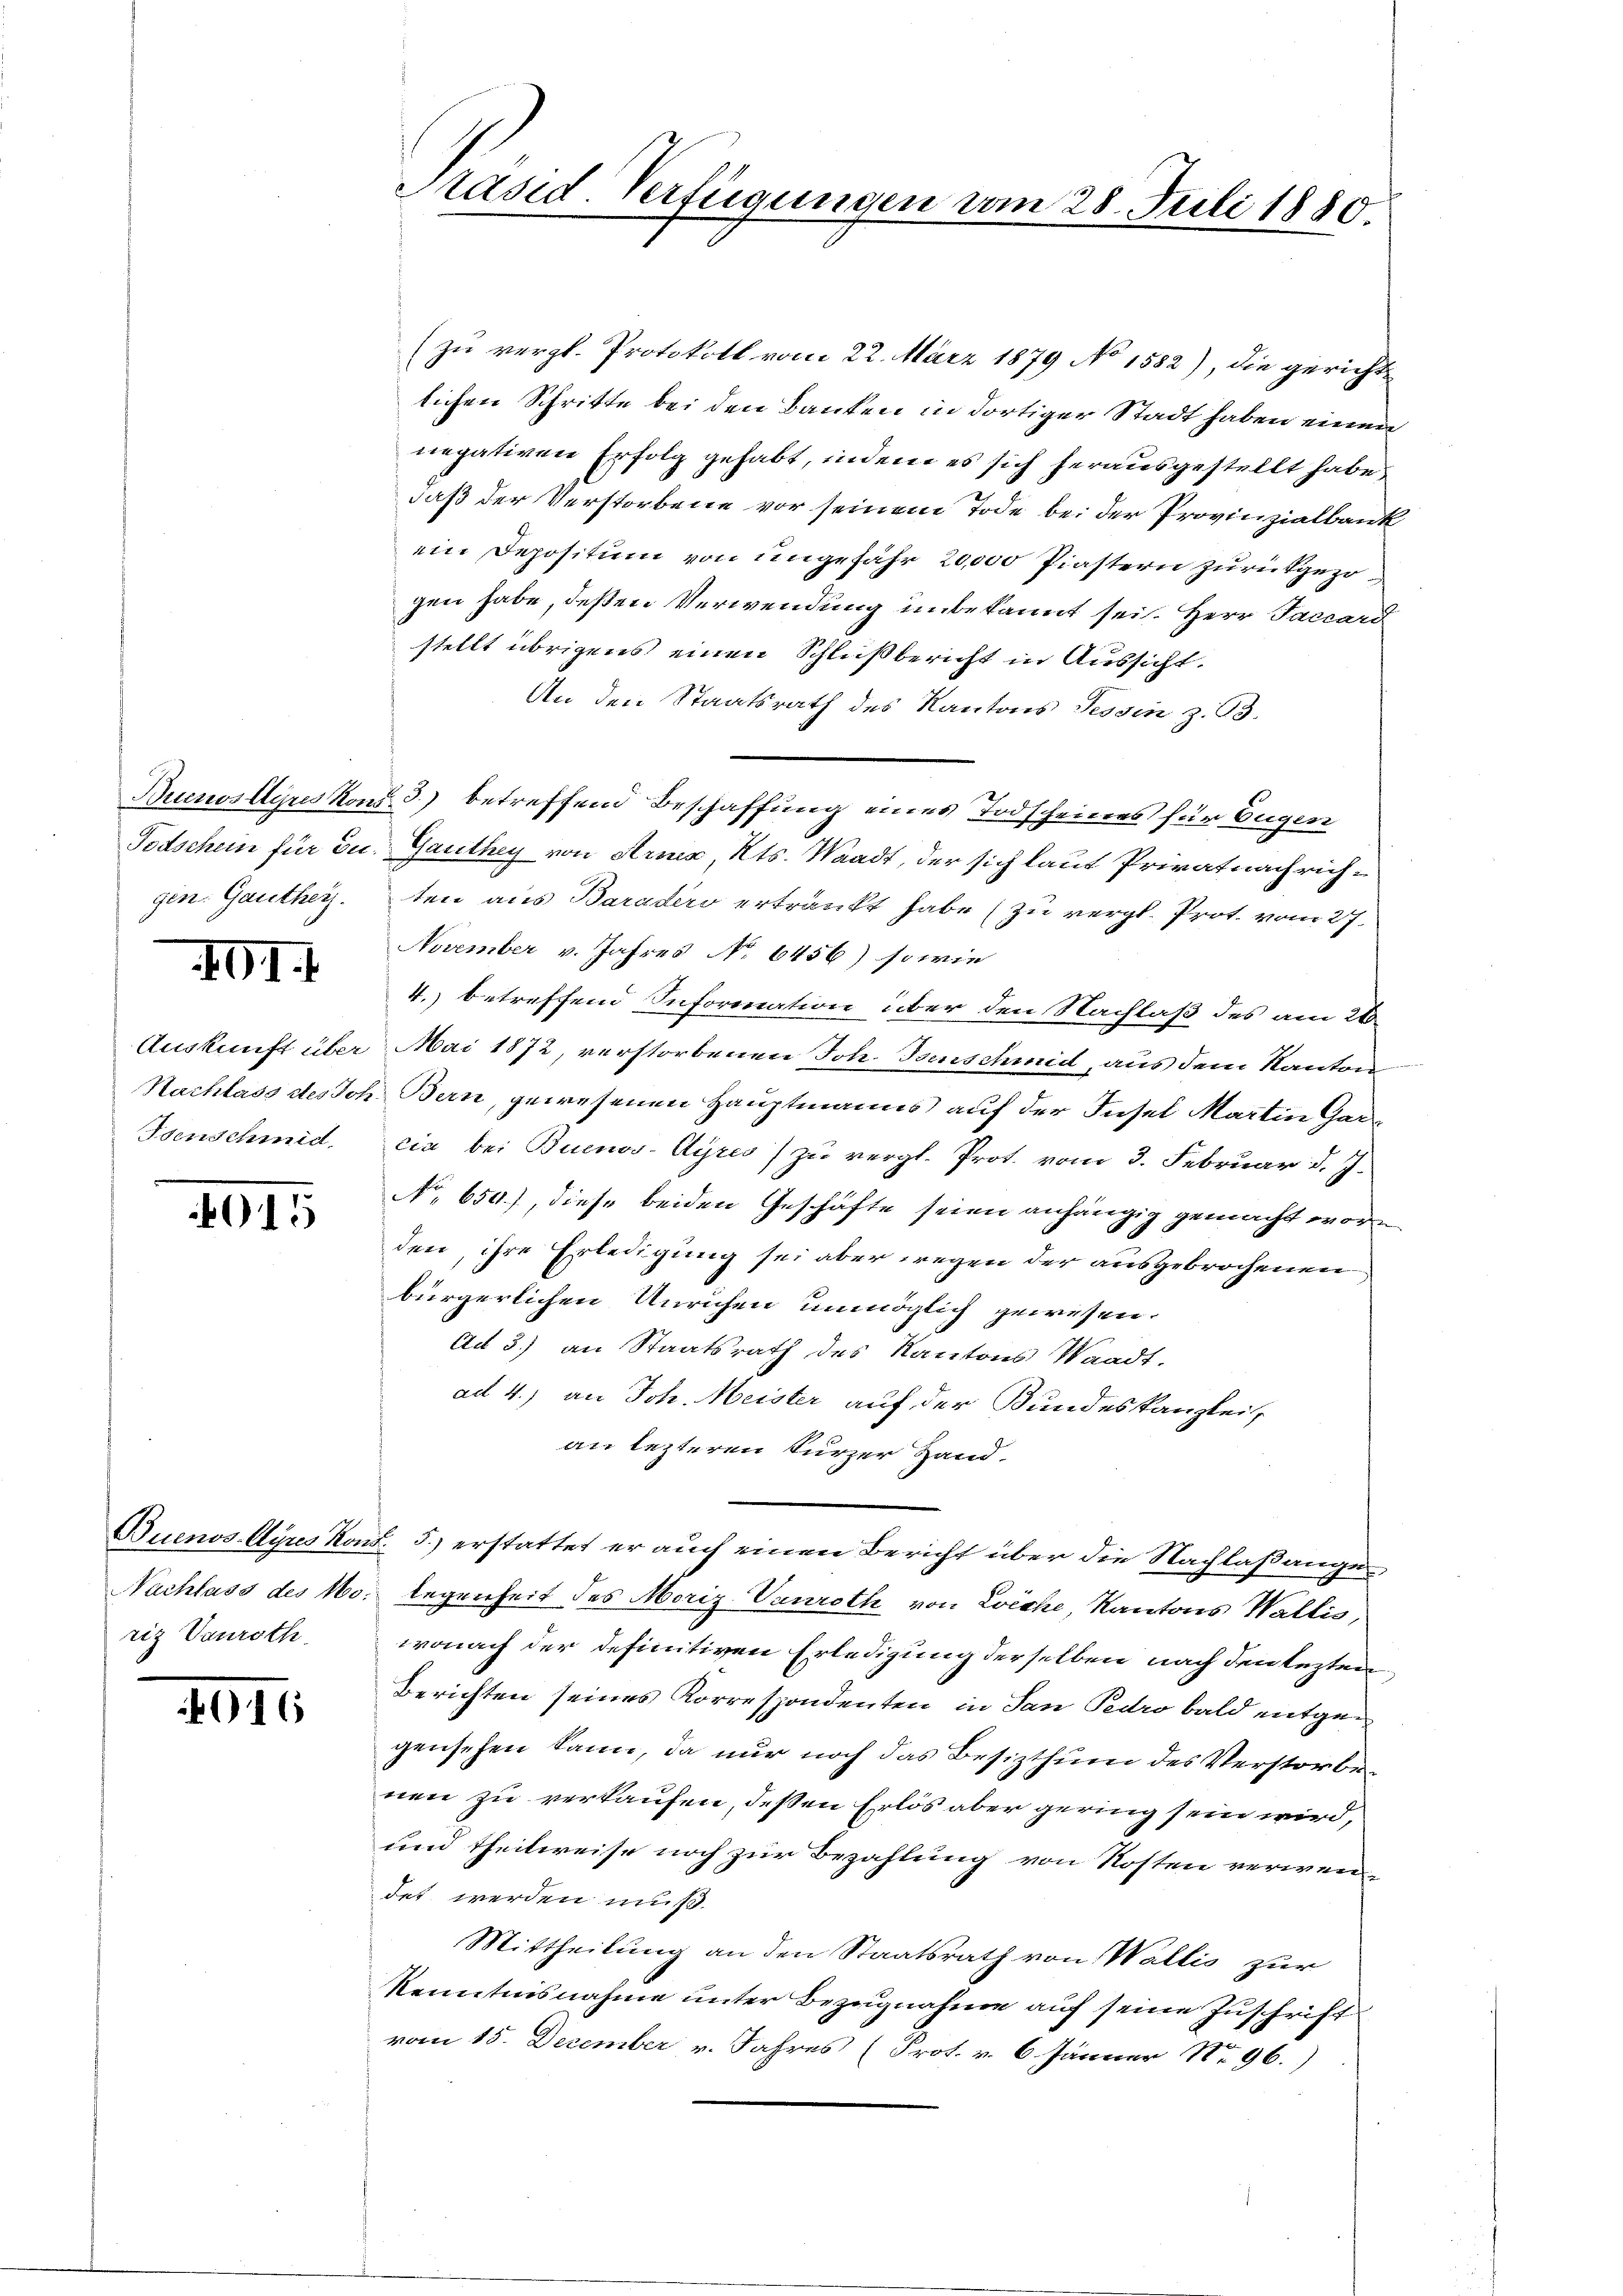
gin. Gauther.

401.

Isenschmid,

4015

(zu vergl. Protokoll vom 22. März 1879 No 1582), die gericht
lichen Schritte bei den Banken in dortiger Stadt haben einen
negativen Erfolg gehabt, indem es sich herausgestellt habe,
daß der Verstorbene vor seinem Tode bei der Provinzialbank
ein Depositum von ungefähr 20,000 Piastern zurückgezogen habe, deßen Verwendung unbekannt sei. Herr Faccard
stellt übrigens einen Schlußbericht in Aussicht.
An den Staatsrath des Kantons Tessin z. 63.
Todschein für zu Gauthey von Arnes, Kts. Waadt, der sich laut Privatnach richten aus Baradero ertränkt habe (zu vergl. Prot. vom 27.
November v. Jahres No 6456) sowie
4. betreffend Information über den Nachlaß des am 26.
Auskunft über. Mai 1872, verstorbenen Joh. Isenschmid, aus dem Kanton
Nachlass des Joh. Bern, gewesenen Hauptmanns auf der Insel Martin Garcia bei Buenos-Ayres) zu vergl. Prot. vom 3. Februar d. J.
No 650.), diese beiden Geschäfte seien anhängig gemacht worden, ihre Erledigung sei aber wegen der ausgebrochenen
bürgerlichen Unruhen unmöglich gewesen.
Ad 3.) an Staatsrath des Kantons Waadt,
ad 4.) an Joh. Meister auf der Bundeskanzlei,
an lezteren kurzer Hand.
Buenos-Ayres Kons. 5.) erstattet er auch einen Bericht über die Nachlaßange¬
Nachlass des 160. legenheit des Moriz Vanroth von Eiche, Kantons Wallis,
wonach der definitiven Erledigung derselben nach den lezten
Berichten seines Korrespondenten in San Pedro bald entgegensehen kann, da nur noch das Besizthum des Verstorbe
nen zu verkaufen, deßen Erlös aber gering sein wird,
und theilweise noch zur Bezahlung von Kosten verwendet werden muß.
Mittheilung an den Staatsrath von Wallis zur
Kenntnisnahme unter Bezugnahme auf seine Zuschrift
vom 15. December v. Jahres (Prot. v. 6. Jänner No. 96.)

riz Vauroth

401

Präsid. Verfügungen vom 28. Juli 1880.

Buenos Ayres Kons. 3.) betreffend Beschaffung eines Todscheines für Eugen